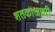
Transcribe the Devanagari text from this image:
शतकाआधी